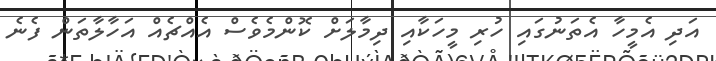
އަދި އެމީހާ އެތަނުގައި ހުރި މީހަކާއި ދިމާލަށް ކޮންމެވެސް އެއްޗެއް އަހާލާތަން ފެނެ